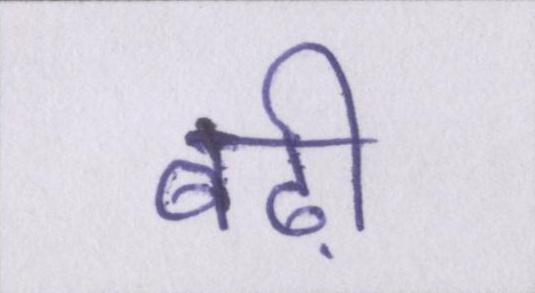
बढ़ी